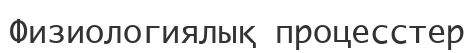
Физиологиялық процесстер